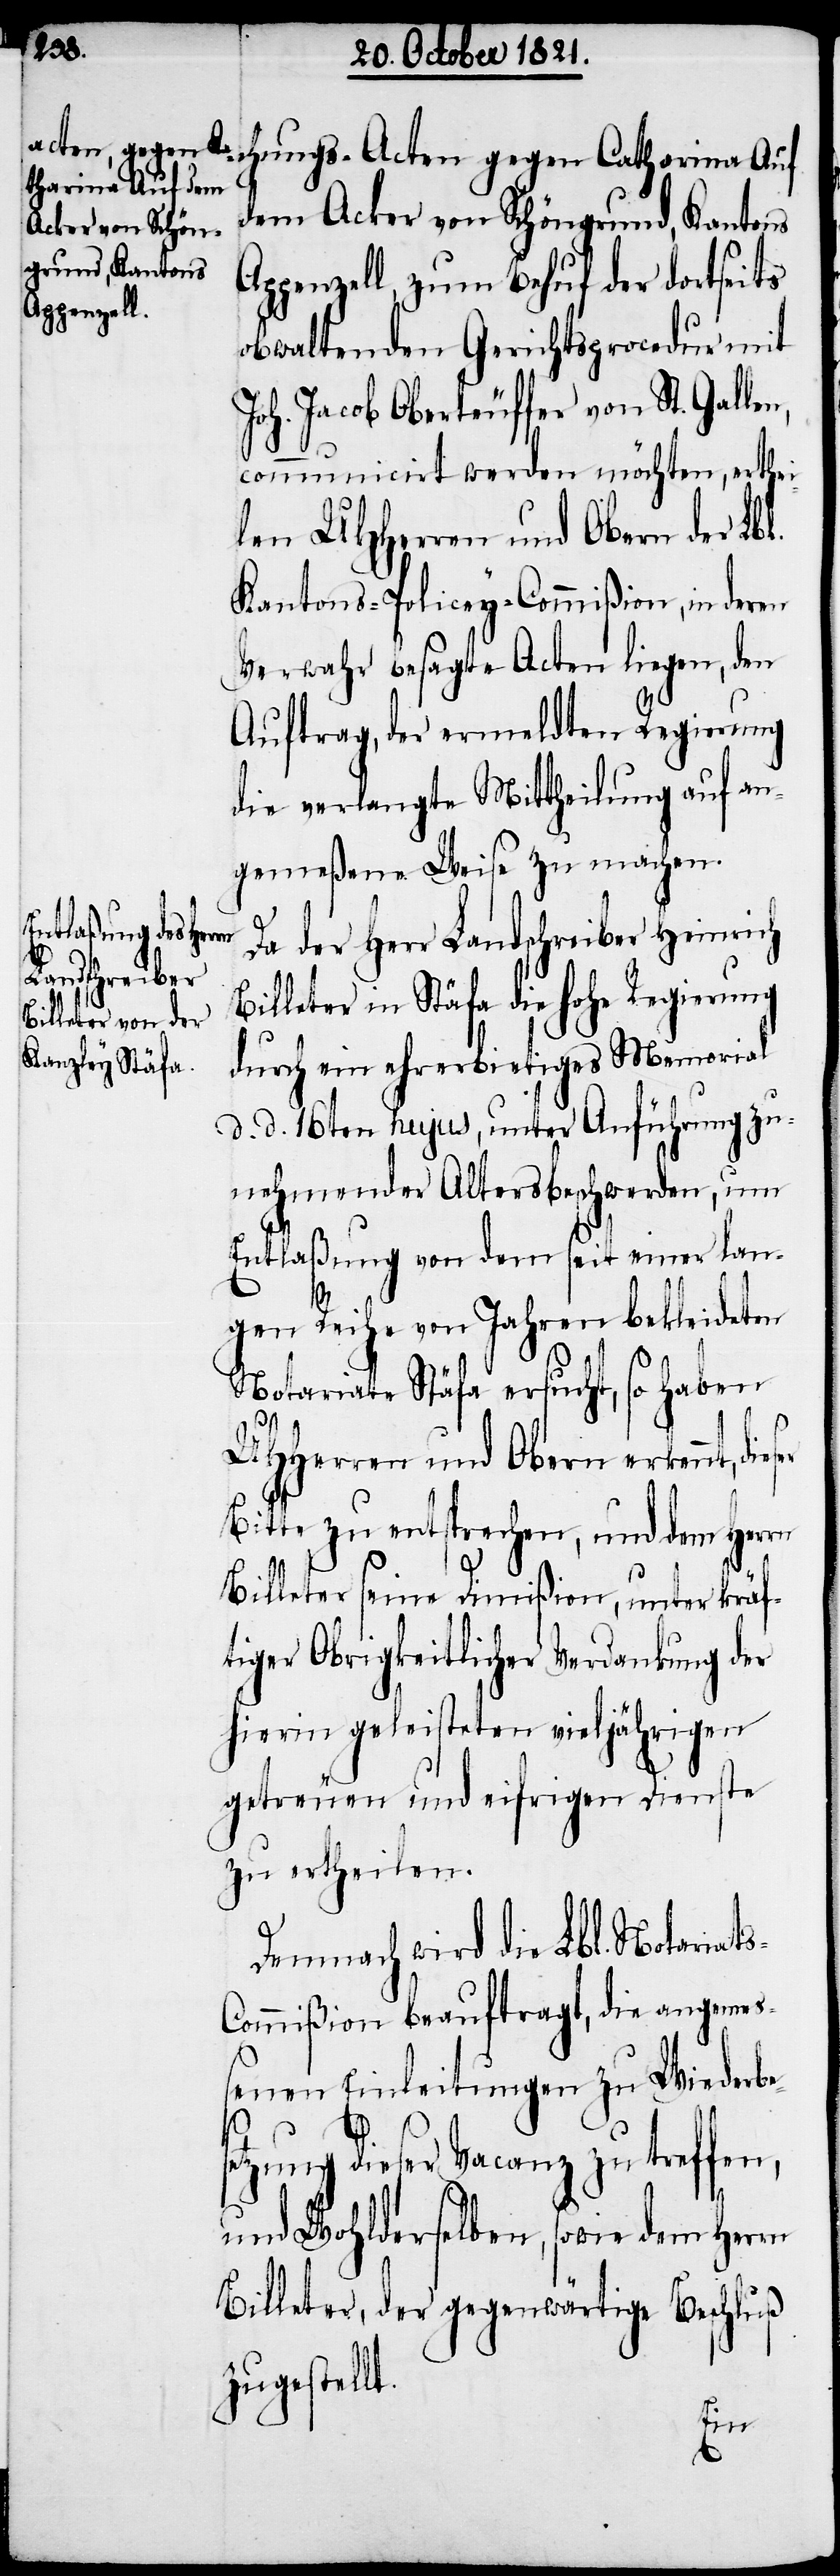
chungs-Acten gegen Catharina Auf
dem Acker von Schöngrund, Kantons
Appenzell, zum Behuf der dortseits
obwaltenden Gerichtsprocedur mit
Joh. Jacob Oberteuffer von St. Galle¬
communicirt werden möchten, erthei¬
len UHHerren und Obern der Lbl.
Kantons-Policey-Commißion, in deren
Verwahr besagte Acten liegen, den
Auftrag, der ermeldten Regierung
die verlangte Mittheilung auf an¬
gemeßene Weise zu machen.
Da der Herr Landschreiber Heinrich
Billeter in Stäfa die hohe Regierung
durch ein ehrerbietiges Memorial
d. d. 16ten hujus, unter Anführung zu¬
nehmender Altersbeschwerden, um
Entlaßung von dem seit einer lan¬
gen Reihe von Jahren bekleideten
Notariate Stäfa ersucht, so haben
UHHerren und Obern erkennt,
Bitte zu entsprechen, und dem Herrn
Billeter seine Dimißion, unter kräf¬
tiger Obrigkeitlicher Verdankung der
hierin geleisteten vieljährigen
getreuen und eifrigen Dienste
zu ertheilen.
Demnach wird die Lbl. Notariat¬
ommißion beauftragt, die angemeß¬
enen Einleitungen zu Wiederbes¬
etzung dieser Vacanz zu treffen,
und Wohlderselben, sowie dem Herrn
Billeter, der gegenwärtige Beschluß
zugestellt.
s-C¬